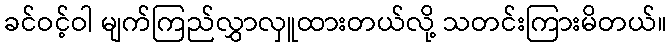
ခင်ဝင့်ဝါ မျက်ကြည်လွှာလှူထားတယ်လို့ သတင်းကြားမိတယ်။